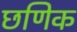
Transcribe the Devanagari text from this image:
छणिक